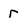
Character: r